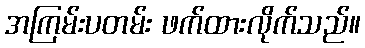
အကြမ်းပတမ်း ဖက်ထားလိုက်သည်။